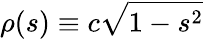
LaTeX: \rho(s)\equiv c\sqrt{1-s^{2}}